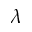
\lambda